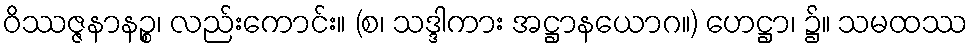
ဝိဿဇ္ဇနာနဉ္စ၊ လည်းကောင်း။ (စ၊ သဒ္ဒါကား အဋ္ဌာနယောဂ။) ဟေဋ္ဌာ၊ ၌။ သမထဿ